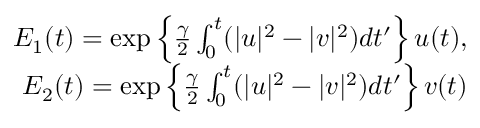
\begin{array} { r } { E _ { 1 } ( t ) = \exp \left\{ \frac { \gamma } { 2 } \int _ { 0 } ^ { t } ( | u | ^ { 2 } - | v | ^ { 2 } ) d t ^ { \prime } \right\} u ( t ) , } \\ { E _ { 2 } ( t ) = \exp \left\{ \frac { \gamma } { 2 } \int _ { 0 } ^ { t } ( | u | ^ { 2 } - | v | ^ { 2 } ) d t ^ { \prime } \right\} v ( t ) } \end{array}